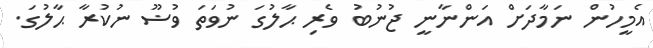
އެމީހުން ނަމާދަށް އަންނާނީ ޖުނުބު ވެރި ޙާލުގަ ނުވަތަ ވުޟޫ ނުކުރާ ޙާލުގަ.